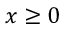
x \ge 0